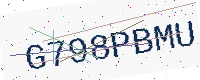
Text: G798PBMU